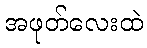
အဖုတ်လေးထဲ